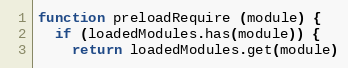
Language: JavaScript
function preloadRequire (module) {
  if (loadedModules.has(module)) {
    return loadedModules.get(module)